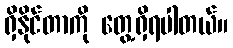
ရှိနိုင်တာကို တွေ့ရှိရပါတယ်။